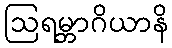
ဩရမ္ဘာဂိယာနိ